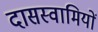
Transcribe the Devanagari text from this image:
दासस्वामियों